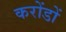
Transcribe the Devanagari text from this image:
करोंडों